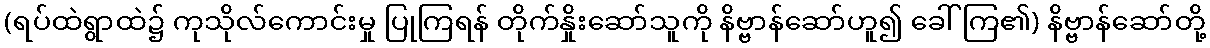
(ရပ်ထဲရွာထဲ၌ ကုသိုလ်ကောင်းမှု ပြုကြရန် တိုက်နှိုးဆော်သူကို နိဗ္ဗာန်ဆော်ဟူ၍ ခေါ်ကြ၏) နိဗ္ဗာန်ဆော်တို့